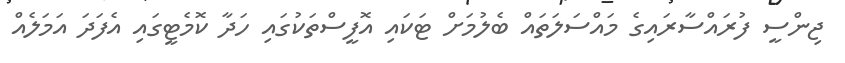
ޖިންސީ ފުރައްސާރައިގެ މައްސަލަތައް ބެލުމަށް ޓަކައި އޮފީސްތަކުގައި ހަދާ ކޮމެޓީގައި އެފަދަ އަމަލެއް